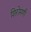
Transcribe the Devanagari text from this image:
शिरोमणी